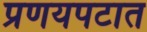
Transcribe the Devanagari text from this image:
प्रणयपटात